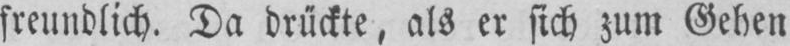
freundlich. Da drückte, als er sich zum Gehen